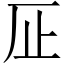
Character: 𱤽